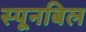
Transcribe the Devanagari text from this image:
स्पूनबिल